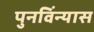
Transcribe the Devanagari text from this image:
पुनविंन्यास